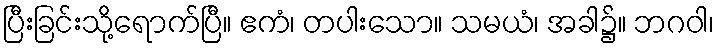
ပြီးခြင်းသို့ရောက်ပြီ။ ဧကံ၊ တပါးသော။ သမယံ၊ အခါ၌။ ဘဂဝါ၊